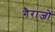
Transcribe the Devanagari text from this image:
गैराजों